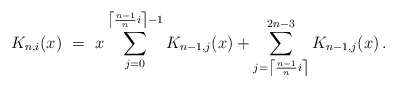
\begin{align*}K_{n,i}(x) \ = \ x\sum_{j=0}^{\left\lceil \frac{n-1}{n}i\right\rceil -1}K_{n-1,j}(x)+\sum_{j=\left\lceil \frac{n-1}{n}i\right\rceil }^{2n-3}K_{n-1,j}(x)\,.\end{align*}